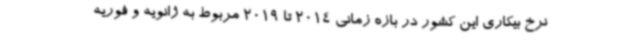
نرخ بیکاری این کشور در بازه زمانی 2014 تا 2019 مربوط به ژانویه و فوریه